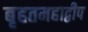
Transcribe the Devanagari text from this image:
बृहतमहाद्वीप